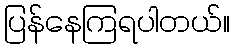
ပြန်နေကြရပါတယ်။